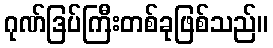
ဂုဏ်ဒြပ်ကြီးတစ်ခုဖြစ်သည်။